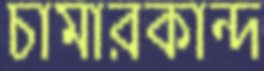
চামারকান্দ